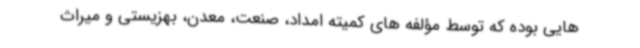
هایی بوده که توسط مؤلفه های کمیته امداد، صنعت، معدن، بهزیستی و میراث